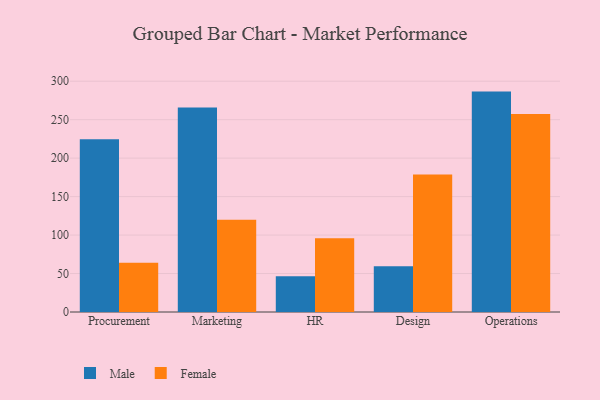
{"axis": {"x": "Department", "y": "Operating Costs (USD K)"}, "legend": ["Female", "Male"], "data": [{"x": "Procurement", "y": 224.4, "type": "Male"}, {"x": "Procurement", "y": 64.1, "type": "Female"}, {"x": "Marketing", "y": 265.8, "type": "Male"}, {"x": "Marketing", "y": 120.0, "type": "Female"}, {"x": "HR", "y": 46.4, "type": "Male"}, {"x": "HR", "y": 96.0, "type": "Female"}, {"x": "Design", "y": 59.6, "type": "Male"}, {"x": "Design", "y": 178.7, "type": "Female"}, {"x": "Operations", "y": 286.5, "type": "Male"}, {"x": "Operations", "y": 257.4, "type": "Female"}]}